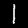
Label: 1